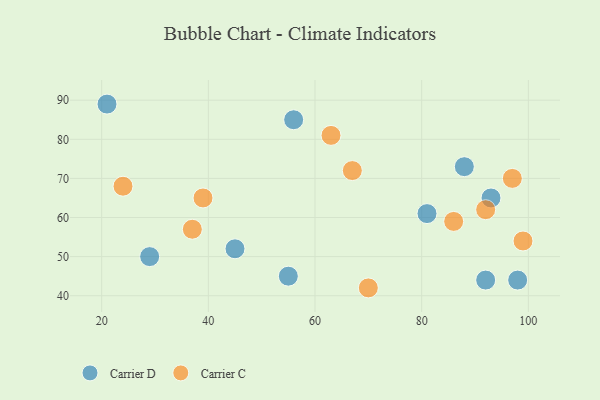
{"axis": {"x": "GDP", "y": "Life Expectancy"}, "legend": ["Carrier C", "Carrier D"], "data": [{"x": "92", "y": 44, "type": "Carrier D"}, {"x": "21", "y": 89, "type": "Carrier D"}, {"x": "88", "y": 73, "type": "Carrier D"}, {"x": "45", "y": 52, "type": "Carrier D"}, {"x": "55", "y": 45, "type": "Carrier D"}, {"x": "56", "y": 85, "type": "Carrier D"}, {"x": "93", "y": 65, "type": "Carrier D"}, {"x": "98", "y": 44, "type": "Carrier D"}, {"x": "81", "y": 61, "type": "Carrier D"}, {"x": "29", "y": 50, "type": "Carrier D"}, {"x": "70", "y": 42, "type": "Carrier C"}, {"x": "24", "y": 68, "type": "Carrier C"}, {"x": "86", "y": 59, "type": "Carrier C"}, {"x": "97", "y": 70, "type": "Carrier C"}, {"x": "99", "y": 54, "type": "Carrier C"}, {"x": "37", "y": 57, "type": "Carrier C"}, {"x": "39", "y": 65, "type": "Carrier C"}, {"x": "92", "y": 62, "type": "Carrier C"}, {"x": "67", "y": 72, "type": "Carrier C"}, {"x": "63", "y": 81, "type": "Carrier C"}]}